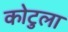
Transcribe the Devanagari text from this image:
कोटुला